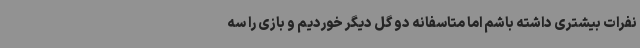
نفرات بیشتری داشته باشم اما متاسفانه دو گل دیگر خوردیم و بازی را سه